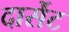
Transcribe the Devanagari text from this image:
दार्सेट